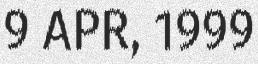
9 APR, 1999